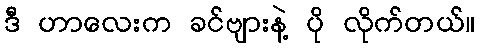
ဒီ ဟာလေးက ခင်ဗျားနဲ့ ပို လိုက်တယ်။